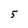
Character: 5